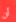
أن